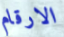
الارقام